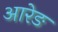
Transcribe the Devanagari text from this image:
आरेङ